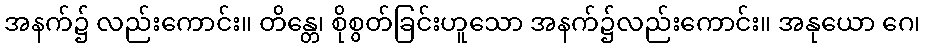
အနက်၌ လည်းကောင်း။ တိန္တေ၊ စိုစွတ်ခြင်းဟူသော အနက်၌လည်းကောင်း။ အနုယော ဂေ၊